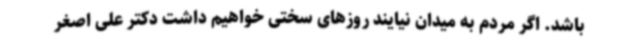
باشد. اگر مردم به میدان نیایند روزهای سختی خواهیم داشت دکتر علی اصغر